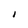
Character: i